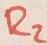
Text: R2